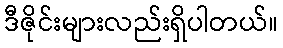
ဒီဇိုင်းများလည်းရှိပါတယ်။